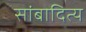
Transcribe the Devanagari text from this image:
सांबादित्य